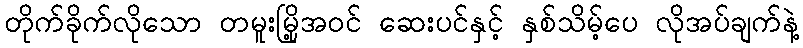
တိုက်ခိုက်လိုသော တမူးမြို့အဝင် ဆေးပင်နှင့် နှစ်သိမ့်ပေ လိုအပ်ချက်နဲ့